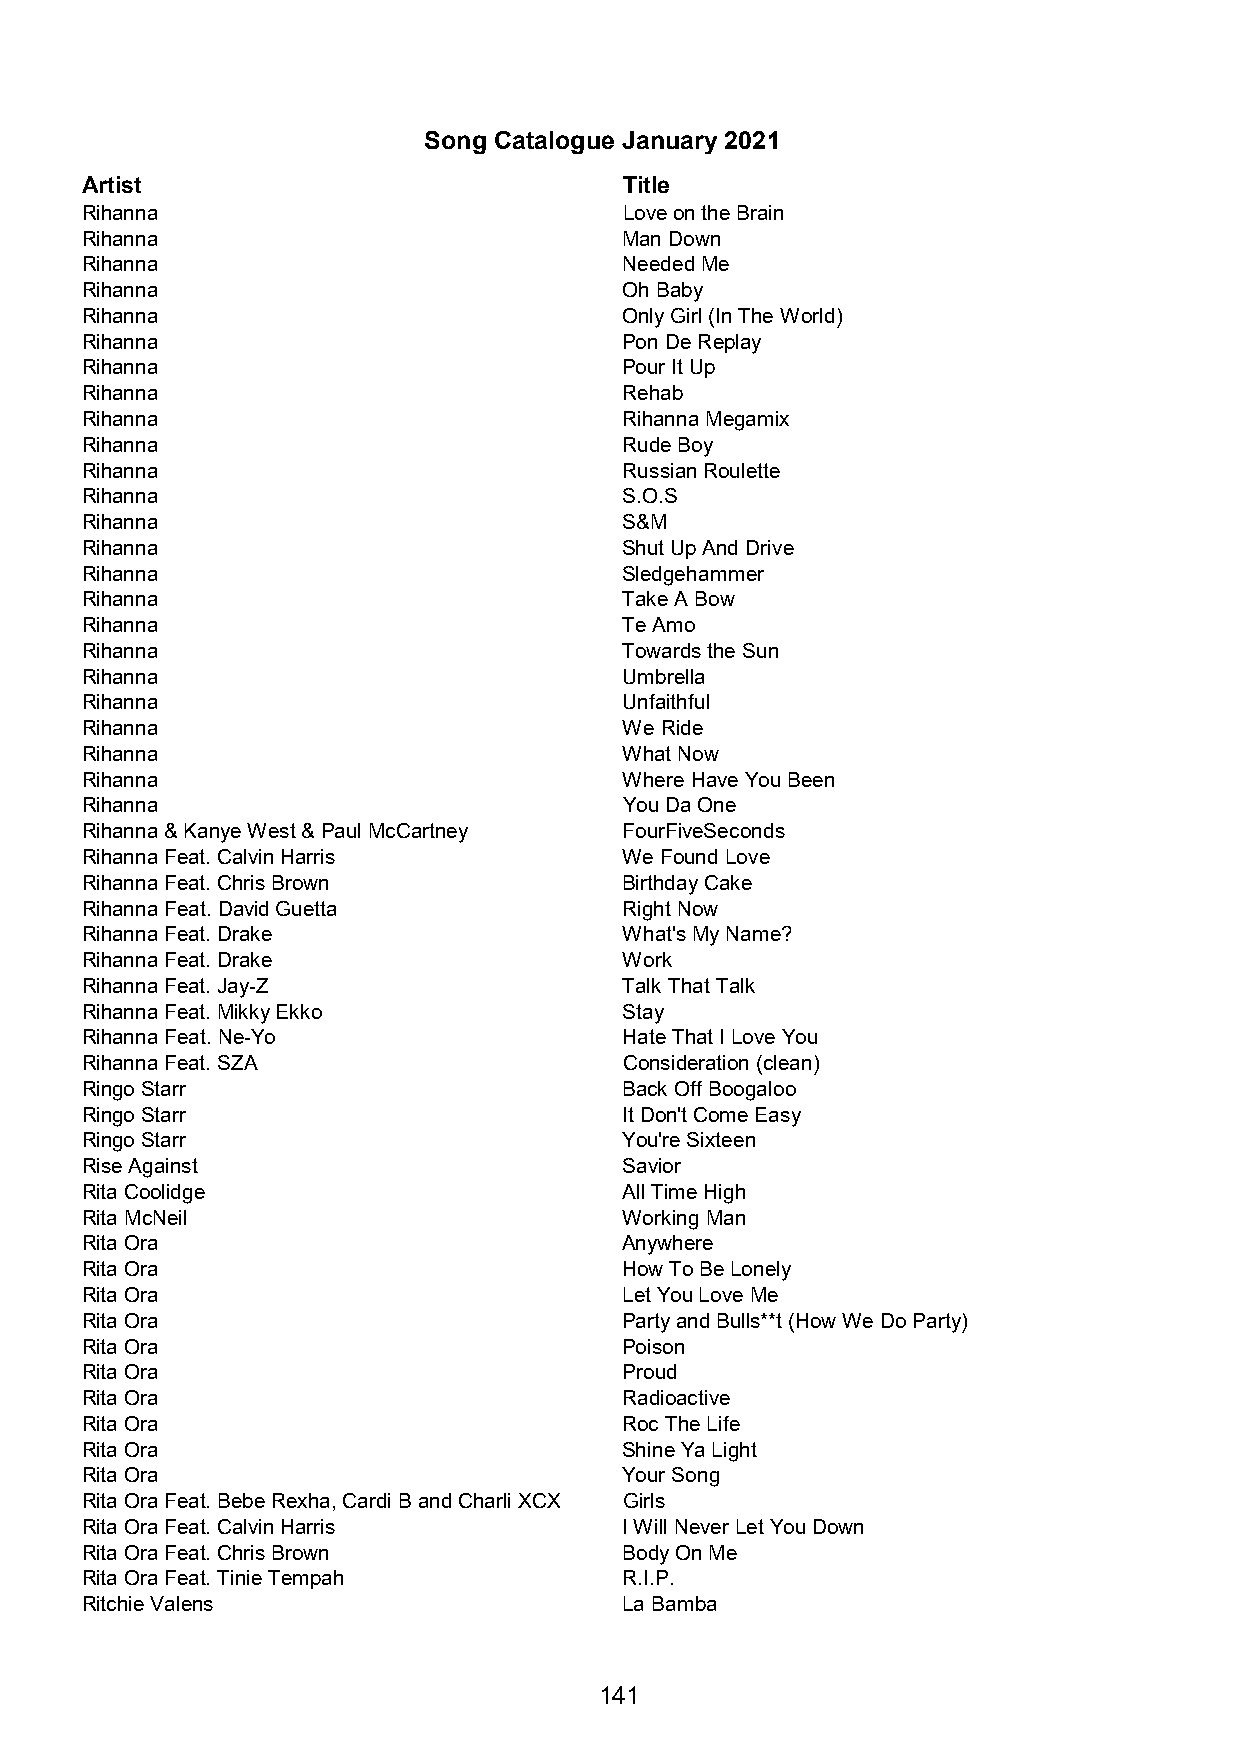
Song Catalogue January 2021
 Artist                              Title
 Rihanna                             Love on the Brain
 Rihanna                             Man Down
 Rihanna                             Needed Me
 Rihanna                             Oh Baby
 Rihanna                             Only Girl (In The World)
 Rihanna                             Pon De Replay
 Rihanna                             Pour It Up
 Rihanna                             Rehab
 Rihanna                             Rihanna Megamix
 Rihanna                             Rude Boy
 Rihanna                             Russian Roulette
 Rihanna                             S.O.S
 Rihanna                             S&M
 Rihanna                             Shut Up And Drive
 Rihanna                             Sledgehammer
 Rihanna                             Take A Bow
 Rihanna                             Te Amo
 Rihanna                             Towards the Sun
 Rihanna                             Umbrella
 Rihanna                             Unfaithful
 Rihanna                             We Ride
 Rihanna                             What Now
 Rihanna                             Where Have You Been
 Rihanna                             You Da One
 Rihanna & Kanye West & Paul McCartney FourFiveSeconds
 Rihanna Feat. Calvin Harris         We Found Love
 Rihanna Feat. Chris Brown           Birthday Cake
 Rihanna Feat. David Guetta          Right Now
 Rihanna Feat. Drake                 What's My Name?
 Rihanna Feat. Drake                 Work
 Rihanna Feat. Jay-Z                 Talk That Talk
 Rihanna Feat. Mikky Ekko            Stay
 Rihanna Feat. Ne-Yo                 Hate That I Love You
 Rihanna Feat. SZA                   Consideration (clean)
 Ringo Starr                         Back Off Boogaloo
 Ringo Starr                         It Don't Come Easy
 Ringo Starr                         You're Sixteen
 Rise Against                        Savior
 Rita Coolidge                       All Time High
 Rita McNeil                         Working Man
 Rita Ora                            Anywhere
 Rita Ora                            How To Be Lonely
 Rita Ora                            Let You Love Me
 Rita Ora                            Party and Bulls**t (How We Do Party)
 Rita Ora                            Poison
 Rita Ora                            Proud
 Rita Ora                            Radioactive
 Rita Ora                            Roc The Life
 Rita Ora                            Shine Ya Light
 Rita Ora                            Your Song
 Rita Ora Feat. Bebe Rexha, Cardi B and Charli XCX Girls
 Rita Ora Feat. Calvin Harris        I Will Never Let You Down
 Rita Ora Feat. Chris Brown          Body On Me
 Rita Ora Feat. Tinie Tempah         R.I.P.
 Ritchie Valens                      La Bamba
 141